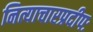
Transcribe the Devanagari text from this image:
नित्याचारप्रदीपः